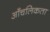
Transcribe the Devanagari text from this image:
आँचलिकता